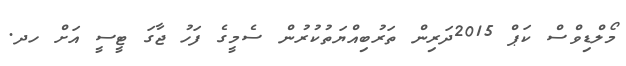
މޯލްޑިވްސް ކަޕް 2015ދަރިން ތަރުބިއްޔަތުކުރުން ސެމީގެ ފަހު ޖާގަ ޓީސީ އަށް ހދ.